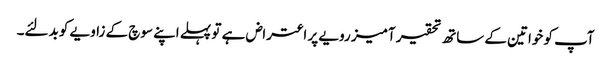
آپ کو خواتین کے ساتھ تحقیر آمیز رویے پر اعتراض ہے تو پہلے اپنے سوچ کے زاویے کو بدلئے۔